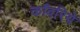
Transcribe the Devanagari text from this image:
काँवरिये